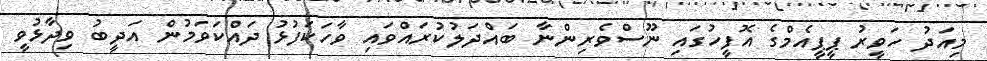
މިއަދު ހަވީރު ޕީޕީއެމްގެ އޮފީހުގައި ނޫސްވެރިންނާ ބައްދަލުކުރައްވައި ވާހަކަފުޅު ދައްކަވަމުން އަދީބު ވިދާޅުވީ